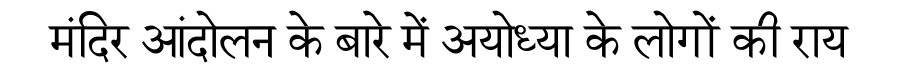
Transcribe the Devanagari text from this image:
मंदिर आंदोलन के बारे में अयोध्या के लोगों की राय